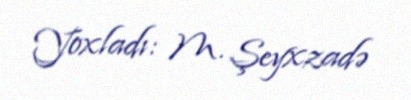
Yoxladı: M. Şeyxzadə